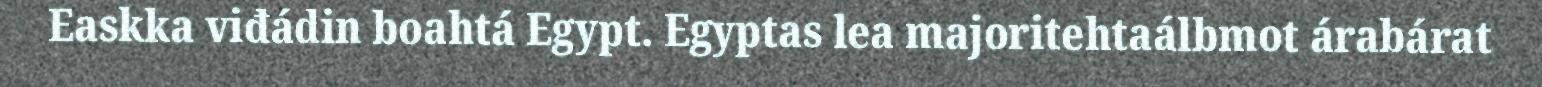
Easkka viđádin boahtá Egypt. Egyptas lea majoritehtaálbmot árabárat